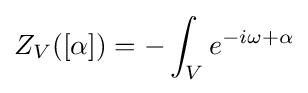
Z_{V}([\alpha ])=-\int _{V}e^{-i\omega +\alpha }